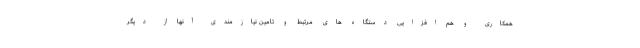
همکاری و هم افزایی دستگاه های مرتبط و تامین نیازمندی آنها از دیگر